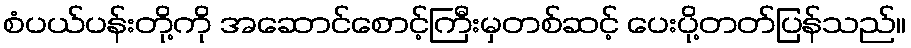
စံပယ်ပန်းတို့ကို အဆောင်စောင့်ကြီးမှတစ်ဆင့် ပေးပို့တတ်ပြန်သည်။